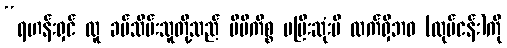
“ရဟန်းရှင် လူ ခပ်သိမ်းသူတို့သည် မိမိကိစ္စ မပြီးဆုံးမီ လက်ရှိဘဝ (လုပ်ငန်း)ကို